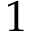
1